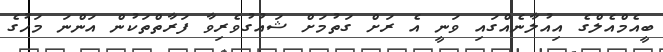
ބީއެމްއެލްގެ އިއުލާނެއްގައި ވަނީ އެ ރަށް ގަތުމަށް ޝައުގުވެރިވާ ފަރާތްތަކުން އަންނަ މަހުގެ